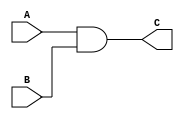
module and_gate(A,B,C);
    input A;
    input B;
    output C;
    and(C,A,B);
endmodule